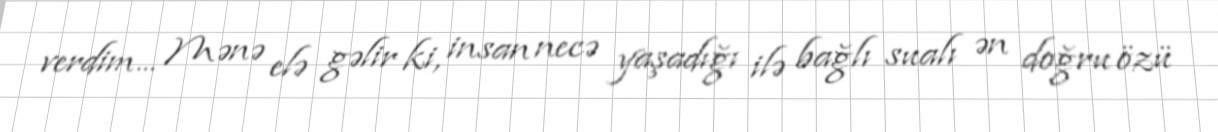
verdim... Mənə elə gəlir ki, insan necə yaşadığı ilə bağlı sualı ən doğru özü